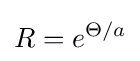
R=e^{\Theta /a}